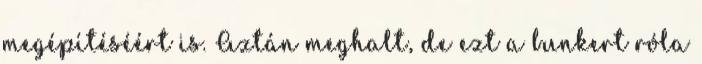
megépítéséért is. Aztán meghalt, de ezt a bunkert róla